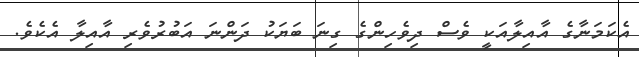
އެކަމަނާގެ އާއިލާއަކީ ވެސް ދިވެހިންގެ ގިނަ ބަޔަކު ދަންނަ އަބުރުވެރި އާއިލާ އެކެވެ.